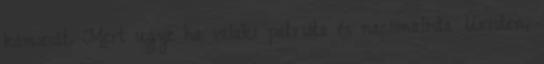
kámzsát. Mert ugye ha valaki patrióta és nacionalista Úristen,